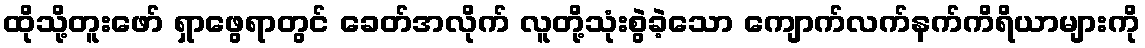
ထိုသို့တူးဖော် ရှာဖွေရာတွင် ခေတ်အလိုက် လူတို့သုံးစွဲခဲ့သော ကျောက်လက်နက်ကိရိယာများကို